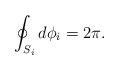
LaTeX: \begin{align*}\oint_{S_{i}}{d\phi_{i}}=2\pi. \end{align*}